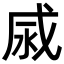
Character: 𢦹